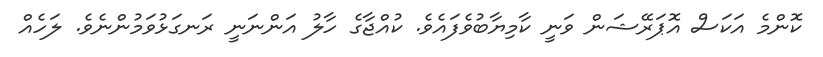
ކޮންމެ އަކަސް އޮޕަރޭޝަން ވަނީ ކާމިޔާބުވެފައެވެ. ކުއްޖާގެ ހާލު އަންނަނީ ރަނގަޅުވަމުންނެވެ. ލަހެއް